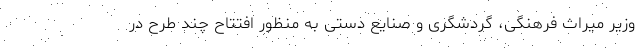
وزیر میراث فرهنگی، گردشگری و صنایع دستی به منظور افتتاح چند طرح در